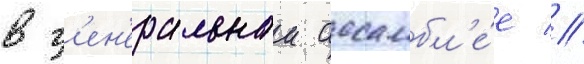
в г'ен'еральнои ассамбл'е́е //